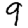
Digit: 9